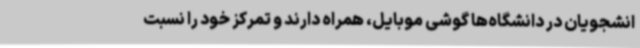
انشجویان در دانشگاه‌ها گوشی موبایل، همراه دارند و تمرکز خود را نسبت